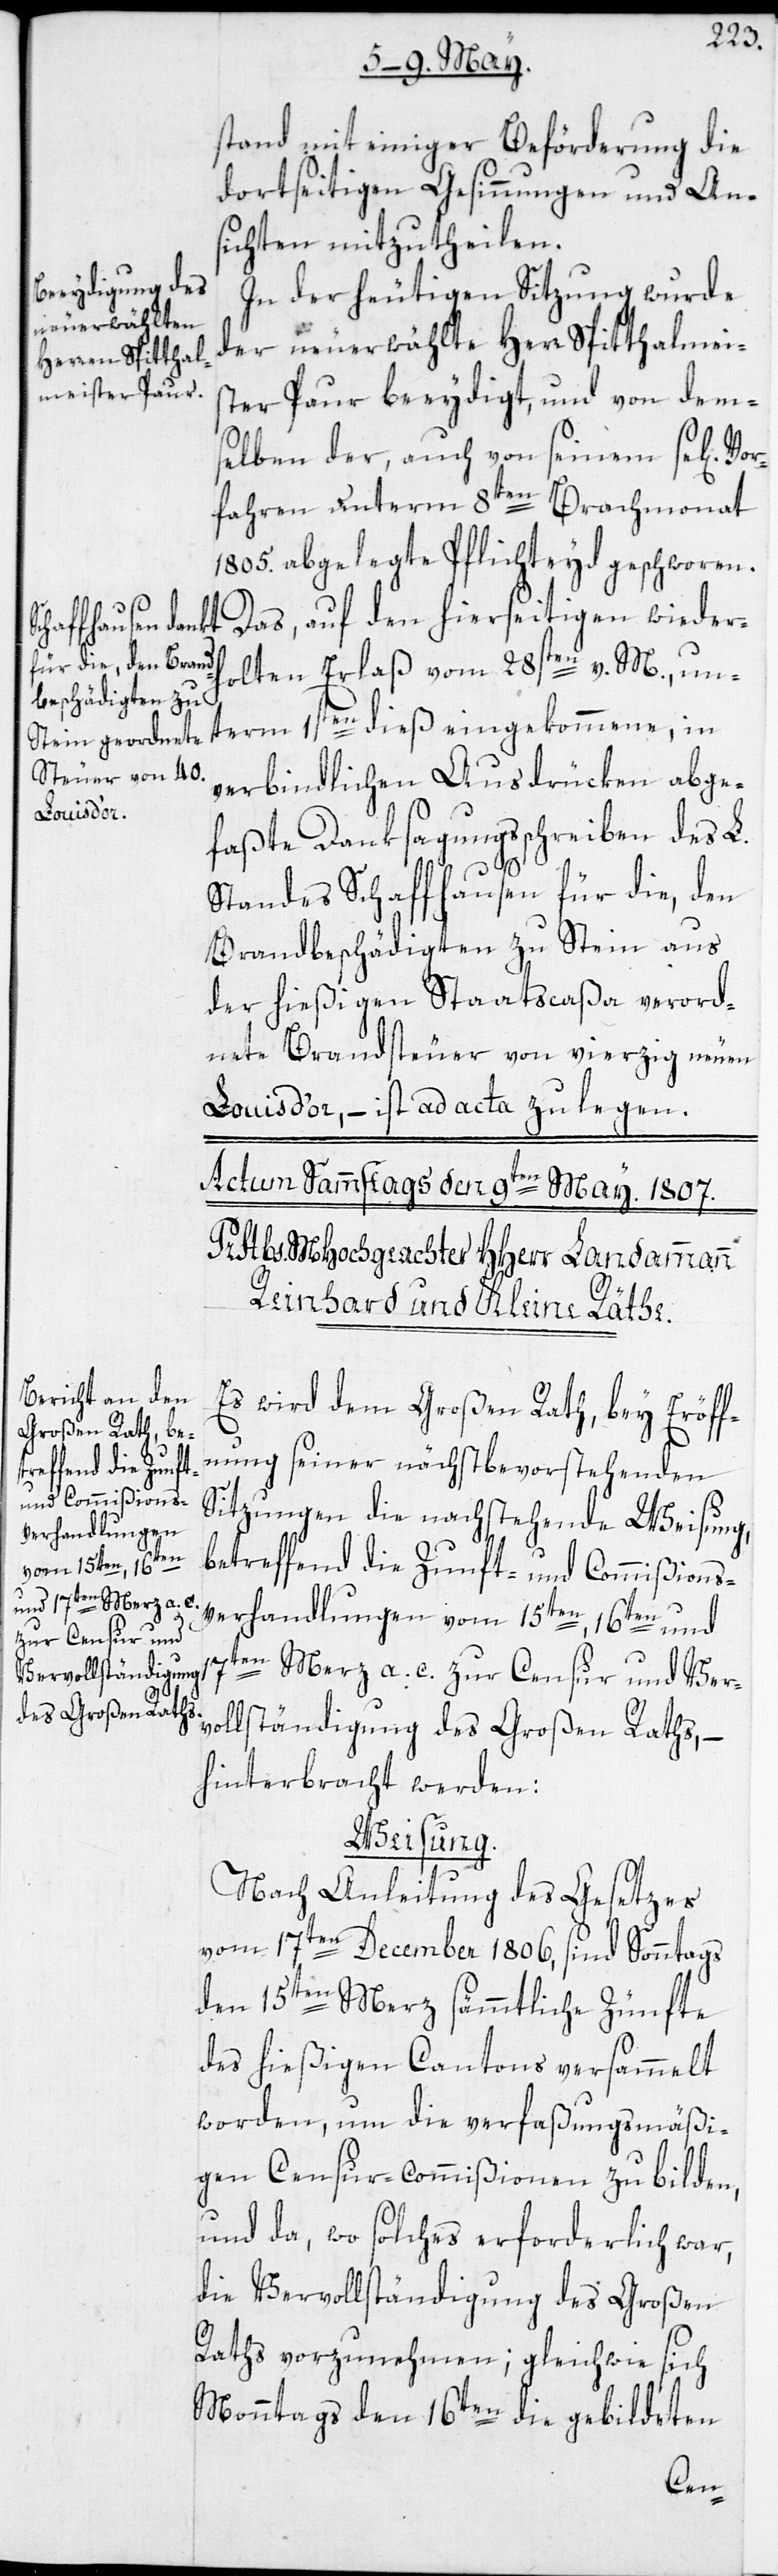
stand mit einiger Beförderung die
dortseitigen Gesinnungen und An¬
sichten mitzutheilen.
In der heutigen Sitzung wurde
der neuerwählte Herr Spitthalmei¬
ster Paur beeydigt, und von dem¬
selben der, auch von seinem sel[igen].
fahren unterm 8ten Brachmonat
1805. abgelegte Pflichteyd geschworen.
Das, auf den hierseitigen wieder¬
holten Erlaß vom 28sten v. M., un¬
term 1sten dieß eingekommene, in
verbindlichen Ausdrücken abge¬
faßte Danksagungsschreiben des L.
Standes Schaffhausen für die, den
Brandbeschädigten zu Stein aus
der hießigen Staatscaßa verord¬
nete Brandsteuer von vierzig neuen
Louis d’or, – ist ad acta zu legen.
Es wird dem Großen Rath, bey Eröff¬
nung seiner nächstbevorstehenden
Sitzungen die nachstehende Weisung,
betreffend die Zunft- und Commißions¬
verhandlungen vom 15ten, 16ten und
17ten Merz a. c. zur Censur und Ver¬
vollständigung des Großen Raths, –
hinterbracht werden:
Weisung.
Nach Anleitung des Gesetzes
vom 17ten December 1806, sind Sonntags
den 15ten Merz sämmtliche Zünfte
des hießigen Cantons versammelt
worden, um die verfaßungsmäßi¬
gen Censur-Commißionen zu bilden,
und da, wo solches erforderlich war,
die Vervollständigung des Großen
Raths vorzunehmen; gleichwie sich
Monntags den 16ten die gebildeten
Vor¬